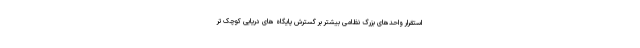
استقرار واحدهای بزرگ نظامی بیشتر بر گسترش پایگاه های دریایی کوچک تر